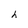
Character: h